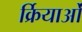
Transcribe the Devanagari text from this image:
र्क्रियाओं